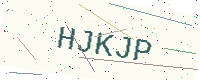
Text: HJKJP